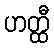
ဟတ္ထီ